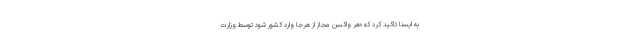
به ایسنا تاکید کرد که «هر واکسن مجاز از هرجا وارد کشور شود توسط وزارت